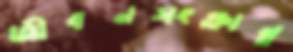
জীবনসংক্রান্ত